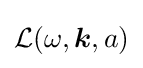
{\mathcal {L}}(\omega ,{\boldsymbol {k}},a)